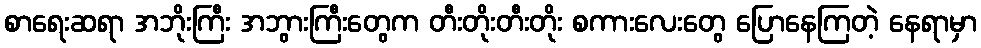
စာရေးဆရာ အဘိုးကြီး အဘွားကြီးတွေက တီးတိုးတီးတိုး စကားလေးတွေ ပြောနေကြတဲ့ နေရာမှာ